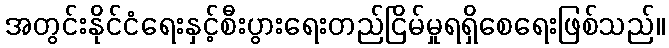
အတွင်းနိုင်ငံရေးနှင့်စီးပွားရေးတည်ငြိမ်မှုရရှိစေရေးဖြစ်သည်။